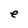
Character: e